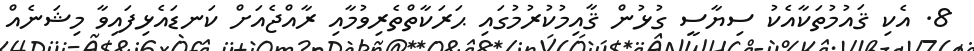
8. އެކި ޤައުމުތަކާއެކު ސިޔާސީ ގުޅުން ޤާއިމުކުރުމުގައި ޙަރަކާތްތެރިވުމާއި ރާއްޖެއަށް ކަނޑައެޅިފައިވާ މިޝަނެއް